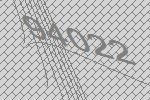
94022